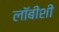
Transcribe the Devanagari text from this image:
लाॅबीशी